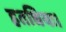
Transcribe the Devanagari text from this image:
हतधियः।